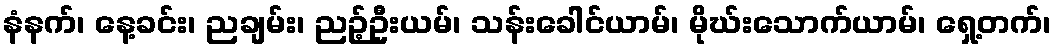
နံနက်၊ နေ့ခင်း၊ ညချမ်း၊ ညဉ့်ဦးယမ်၊ သန်းခေါင်ယာမ်၊ မိုဃ်းသောက်ယာမ်၊ ရှေ့တက်၊